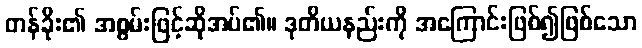
တန်ခိုး၏ အစွမ်းဖြင့်ဆိုအပ်၏။ ဒုတိယနည်းကို အကြောင်းဖြစ်၍ဖြစ်သော